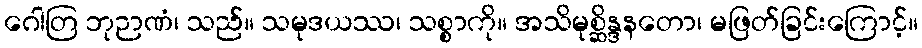
ဂေါတြ ဘုဉာဏံ၊ သည်။ သမုဒယဿ၊ သစ္စာကို။ အသိမုစ္ဆိန္ဒနတော၊ မဖြတ်ခြင်းကြောင့်။